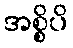
အစ္စိပိ